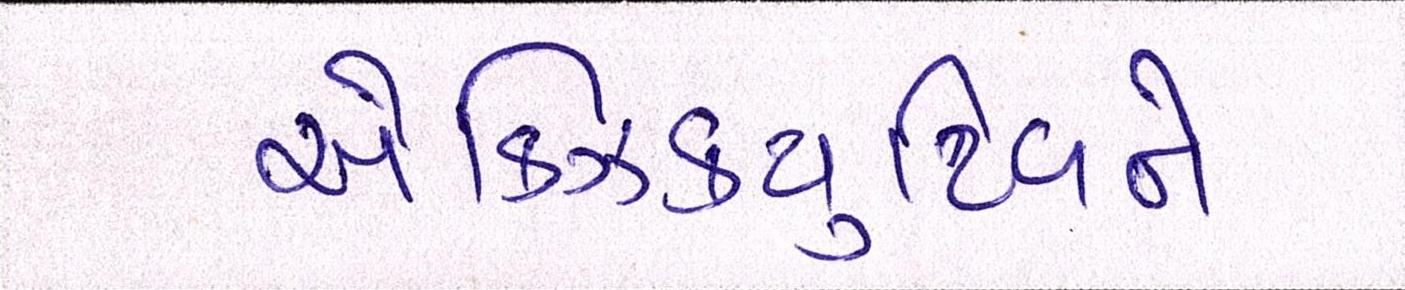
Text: એક્ઝિક્યુટિવને